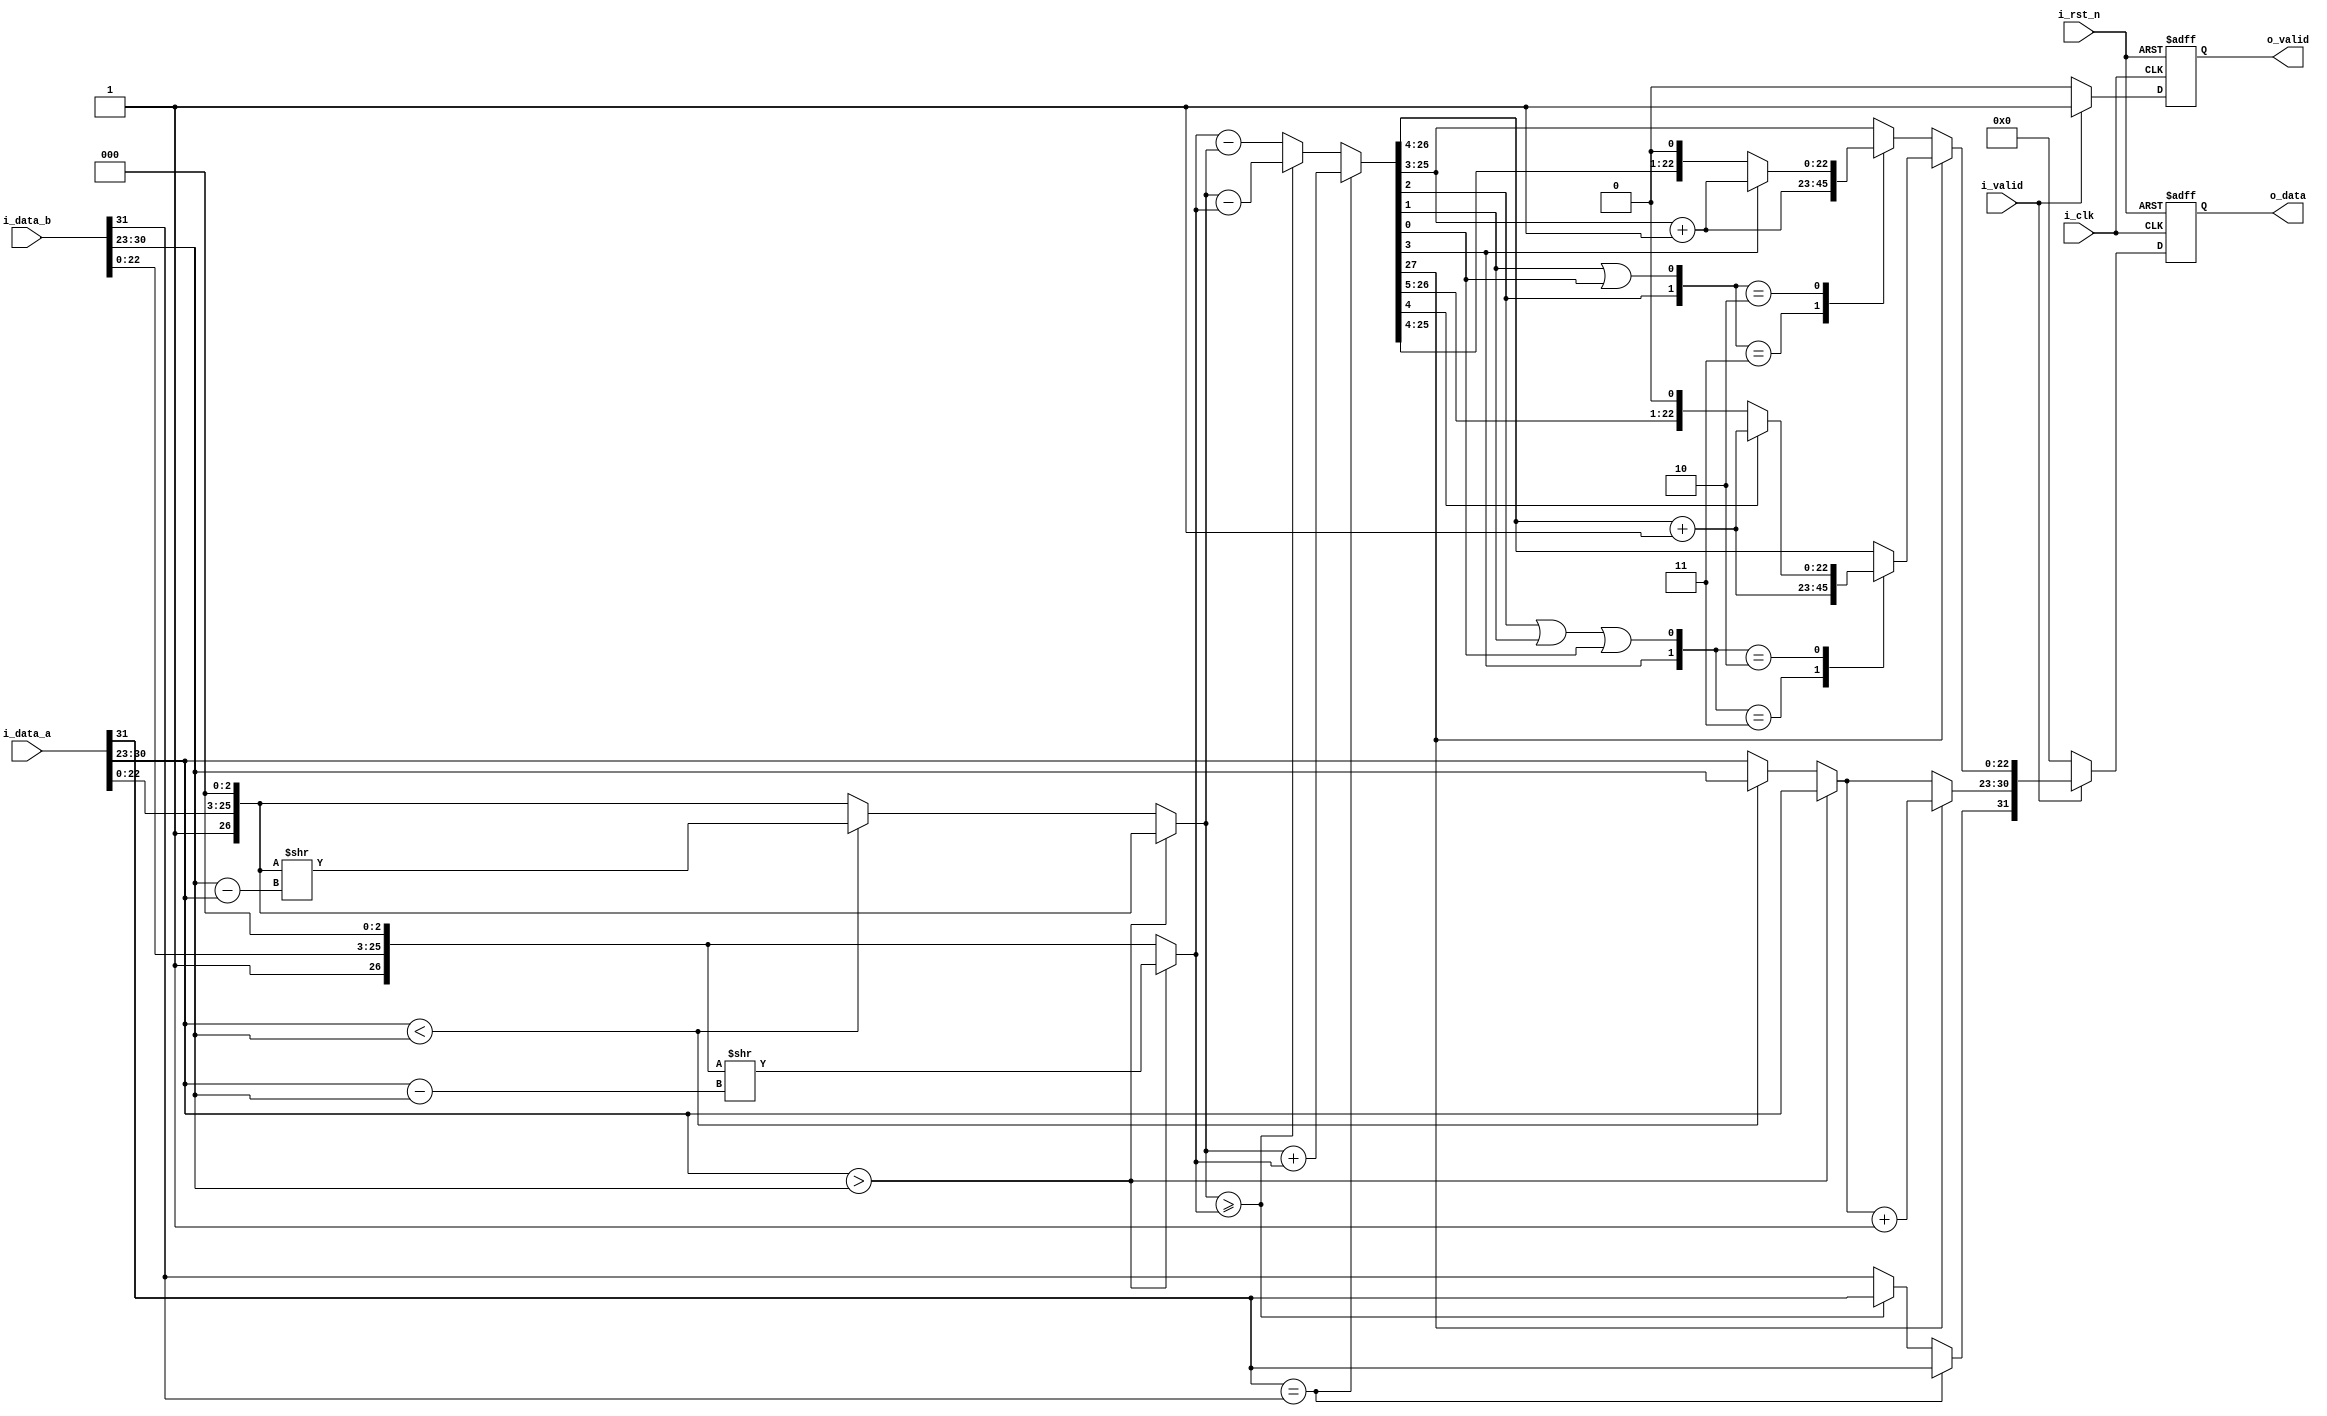
module ADD #(
    parameter DATA_WIDTH = 32
)(
    input                   i_clk,
    input                   i_rst_n,
    input  [DATA_WIDTH-1:0] i_data_a,
    input  [DATA_WIDTH-1:0] i_data_b,
    input                   i_valid,
    output [DATA_WIDTH-1:0] o_data,
    output                  o_valid
);

    reg [DATA_WIDTH-1:0] o_data_w, o_data_r;
    reg                  o_valid_w, o_valid_r;
    reg                  i_s_a, i_s_b, s_a, s_b, s_data;
    reg [7:0]            i_e_a, i_e_b, e_a, e_b, e_data, e_diff;
    reg [26:0]           i_f_a, i_f_b, f_a, f_b;
    reg [27:0]           sum;
    reg [22:0]           f_data;
    
    integer i;

    assign o_data = o_data_r;
    assign o_valid = o_valid_r;


    always @(*) begin
        if (i_valid) begin
            o_valid_w = 1;
            
            // unpack
            i_s_a = i_data_a[31];
            i_s_b = i_data_b[31];
            i_e_a = i_data_a[30:23];
            i_e_b = i_data_b[30:23];
            i_f_a = {1'b1, i_data_a[22:0], 3'b000};
            i_f_b = {1'b1, i_data_b[22:0], 3'b000};

            // allign
            s_a = i_s_a;
            s_b = i_s_b;
            if (i_e_a > i_e_b) begin
                e_diff = i_e_a - i_e_b;
                e_a = i_e_a;
                e_b = i_e_a;
                f_a = i_f_a;
                f_b = i_f_b >> e_diff;
            end else if (i_e_a < i_e_b) begin
                e_diff = i_e_b - i_e_a;
                e_b = i_e_b;
                e_a = i_e_b;
                f_b = i_f_b;
                f_a = i_f_a >> e_diff;
            end else begin
                e_diff = 0;
                e_b = i_e_b;
                e_a = i_e_a;
                f_b = i_f_b;
                f_a = i_f_a;
            end

            // sum
            if (s_a == s_b) begin
                sum = f_a + f_b;
                s_data = s_a;
            end else begin
                if (f_a >= f_b) begin
                    sum = f_a - f_b;
                    s_data = s_a;
                end else begin
                    sum = f_b - f_a;
                    s_data = s_b;
                end
            end

            // normalize and round
            if (sum[27]) begin
                e_data = e_a + 1;
                case ({sum[3], sum[2] | sum[1] | sum[0]})
                    2'b11: begin
                        f_data = sum[26:4] + 1;
                    end
                    2'b10: begin
                        f_data = sum[4] ? sum[26:4] + 1 : sum[26:4];
                    end
                    default: begin
                        f_data = sum[26:4];
                    end
                endcase
            end else begin
                e_data = e_a;
                case ({sum[2], sum[1] | sum[0]})
                    2'b11: begin
                        f_data = sum[25:3] + 1;
                    end
                    2'b10: begin
                        f_data = sum[3] ? sum[25:3] + 1 : sum[25:3];
                    end
                    default: begin
                        f_data = sum[25:3];
                    end
                endcase
            end

            // unpack
            o_data_w = {s_data, e_data, f_data};
        end else begin
            o_data_w = 0;
            o_valid_w = 0;
        end
    end


    always @(posedge i_clk or negedge i_rst_n) begin
        if (~i_rst_n) begin
            o_valid_r <= 0;
            o_data_r <= 0;
        end else begin
            o_valid_r <= o_valid_w;
            o_data_r <= o_data_w;
        end
    end


endmodule